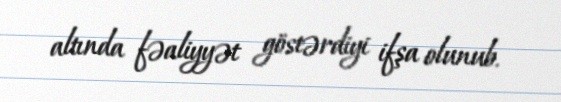
altında fəaliyyət göstərdiyi ifşa olunub.